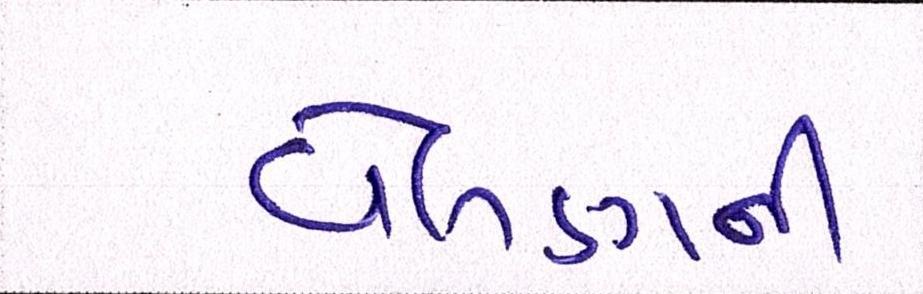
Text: વેલણની